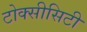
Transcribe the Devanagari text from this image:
टोक्सीसिटी